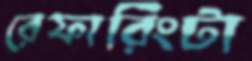
রেফারিংটা